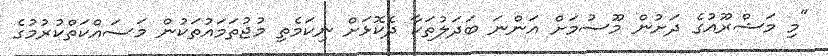
"މި މަޝްރޫއުގެ ދަށުން މޫސުމަށް އަންނަ ބަދަލުތަކާ ދެކޮޅަށް ނިކަމެތި މުޖުތަމައުތަކުން މަސައްކަތްކުރުމުގެ